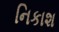
નિકાશ